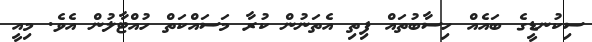
ސިކުނޑީގެ ބައެއް ހިސާބުތައް ފިތި އެތަނުން ކުރާ މަސައްކަތް ހުއްޓާލުން އެވެ. މިއީ